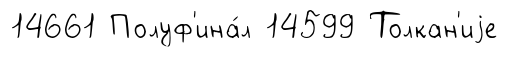
14661 Полуф'ина́л 14599 Толкан'иjе